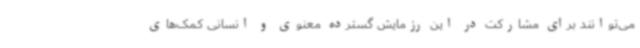
می‌توانند برای مشارکت در این رزمایش گسترده معنوی و انسانی کمک‌های